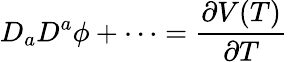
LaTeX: D_{a}D^{a}\phi+\cdots=\frac{\partial V(T)}{\partial T}